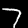
Label: 7